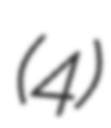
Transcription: (4)